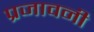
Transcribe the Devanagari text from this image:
प्रजावनी